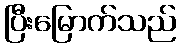
ပြီးမြောက်သည်